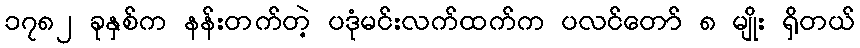
၁၇၈၂ ခုနှစ်က နန်းတက်တဲ့ ပဒုံမင်းလက်ထက်က ပလင်တော် ၈ မျိုး ရှိတယ်